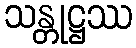
သန္တုဋ္ဌဿ